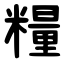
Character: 糧